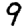
Digit: 9